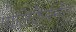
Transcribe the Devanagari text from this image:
पोलिकेर्बनेट